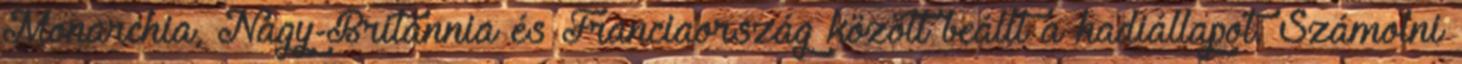
Monarchia, Nagy-Britannia és Franciaország között beállt a hadiállapot. Számolni